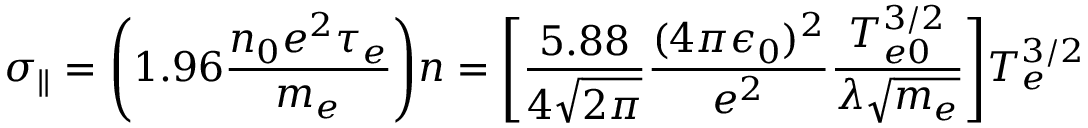
\sigma _ { \parallel } = \Bigg ( 1 . 9 6 \frac { n _ { 0 } e ^ { 2 } \tau _ { e } } { m _ { e } } \Bigg ) n = \Bigg [ \frac { 5 . 8 8 } { 4 \sqrt { 2 \pi } } \frac { ( 4 \pi \epsilon _ { 0 } ) ^ { 2 } } { e ^ { 2 } } \frac { T _ { e 0 } ^ { 3 / 2 } } { \lambda \sqrt { m _ { e } } } \Bigg ] T _ { e } ^ { 3 / 2 }